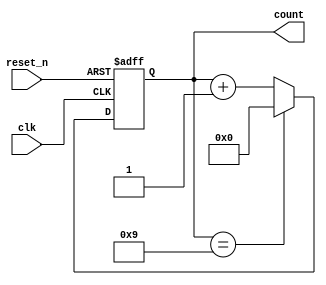
module decade_asynchronous_counter(
    input wire clk,          // Asynchronous trigger input
    input wire reset_n,     // Active low reset
    output reg [3:0] count   // 4-bit output representing the current count
);

// State transition logic
always @(posedge clk or negedge reset_n) begin
    if (!reset_n) begin
        count <= 4'b0000; // Reset count to 0 when reset_n is low
    end else begin
        // Increment the count on the rising edge of clk
        if (count == 4'b1001) begin
            count <= 4'b0000; // Reset to 0 when count reaches 10 (1010 in binary)
        end else begin
            count <= count + 1; // Increment the count
        end
    end
end

endmodule